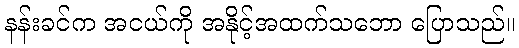
နန်းခင်က အငယ်ကို အနိုင့်အထက်သဘော ပြောသည်။